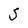
Character: S